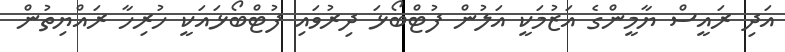
އަދި ރައީސް ޔާމީންގެ އަޒުމަކީ އަލުން ފުޓްބޯޅަ ދިރުވައި ފުޓްބޯޅައަކީ ހުރިހާ ރައްޔިތުން